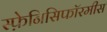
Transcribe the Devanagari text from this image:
स्फ़ेनिसिफॉरमीस